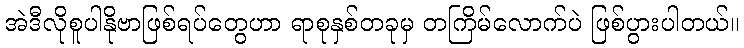
အဲဒီလိုစူပါနိုဗာဖြစ်ရပ်တွေဟာ ရာစုနှစ်တခုမှ တကြိမ်လောက်ပဲ ဖြစ်ပွားပါတယ်။